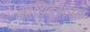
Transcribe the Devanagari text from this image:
आथित्यपन